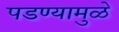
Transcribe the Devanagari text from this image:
पडण्यामुळे